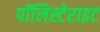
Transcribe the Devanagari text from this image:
पॉलिस्टेराइट